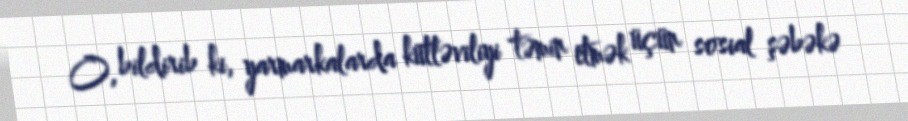
O, bildirib ki, yarmarkalarda kütləviliyi təmin etmək üçün sosial şəbəkə